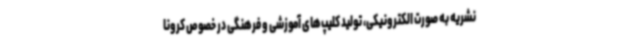
نشریه به صورت الکترونیکی، تولید کلیپ‌های آموزشی و فرهنگی در خصوص کرونا